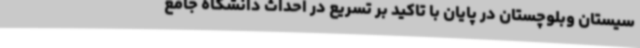
سیستان وبلوچستان در پایان با تاکید بر تسریع در احداث دانشگاه جامع